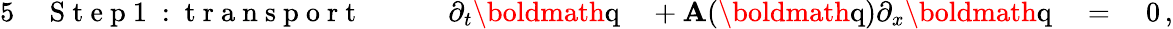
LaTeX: \begin{array}{rlrlrl}{{5}}&{{}\mathrm{~S~t~e~p~1~:~t~r~a~n~s~p~o~r~t~}\qquad}&{\partial_{t}\textrm{\boldmath{q}}}&{{}+\mathbf{A}(\textrm{\boldmath{q}})\partial_{x}\textrm{\boldmath{q}}}&{\; =\; }&{{}0\, ,}\end{array}